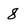
Character: 8